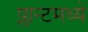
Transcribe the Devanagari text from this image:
प्लान्टमध्ये